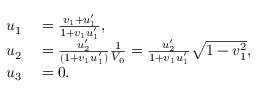
\begin{array} { r l } { u _ { 1 } } & { { } = { \frac { v _ { 1 } + u _ { 1 } ^ { \prime } } { 1 + v _ { 1 } u _ { 1 } ^ { \prime } } } , } \\ { u _ { 2 } } & { { } = { \frac { u _ { 2 } ^ { \prime } } { ( 1 + v _ { 1 } u _ { 1 } ^ { \prime } ) } } { \frac { 1 } { V _ { 0 } } } = { \frac { u _ { 2 } ^ { \prime } } { 1 + v _ { 1 } u _ { 1 } ^ { \prime } } } { \sqrt { 1 - v _ { 1 } ^ { 2 } } } , } \\ { u _ { 3 } } & { { } = 0 . } \end{array}